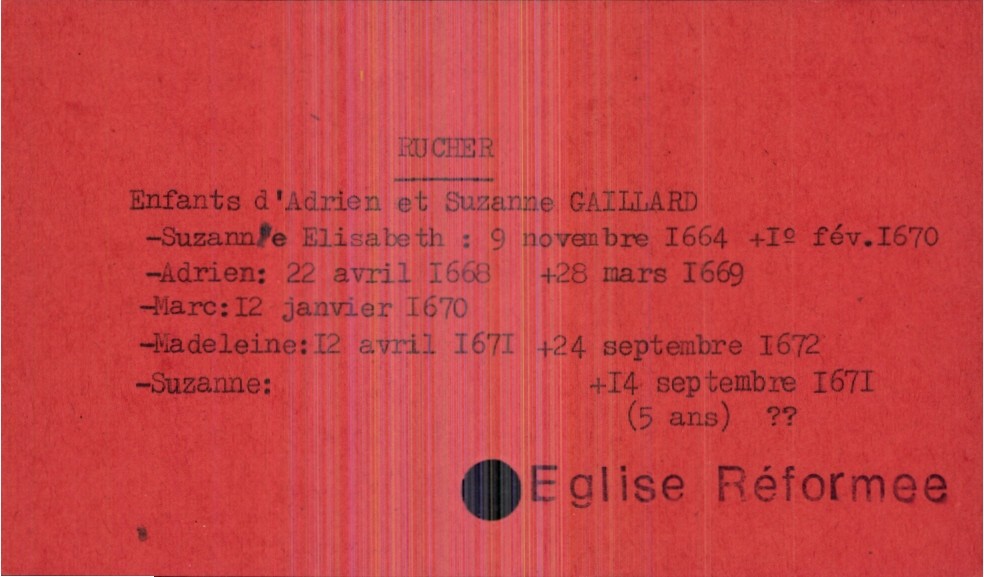
type_acte: Baptême
observations: Eglise Réformee
filiation: fille
enfant_prénom: Suzanne
enfant_date_de_naissance: 12 avril 1671
enfant_date_de_décès: 14 septembre 1671
père_enfant_nom: Rucher
père_enfant_prénom: Adrien
mère_enfant_nom: Gaillard
mère_enfant_prénom: Suzanne